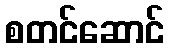
စတင်ဆောင်